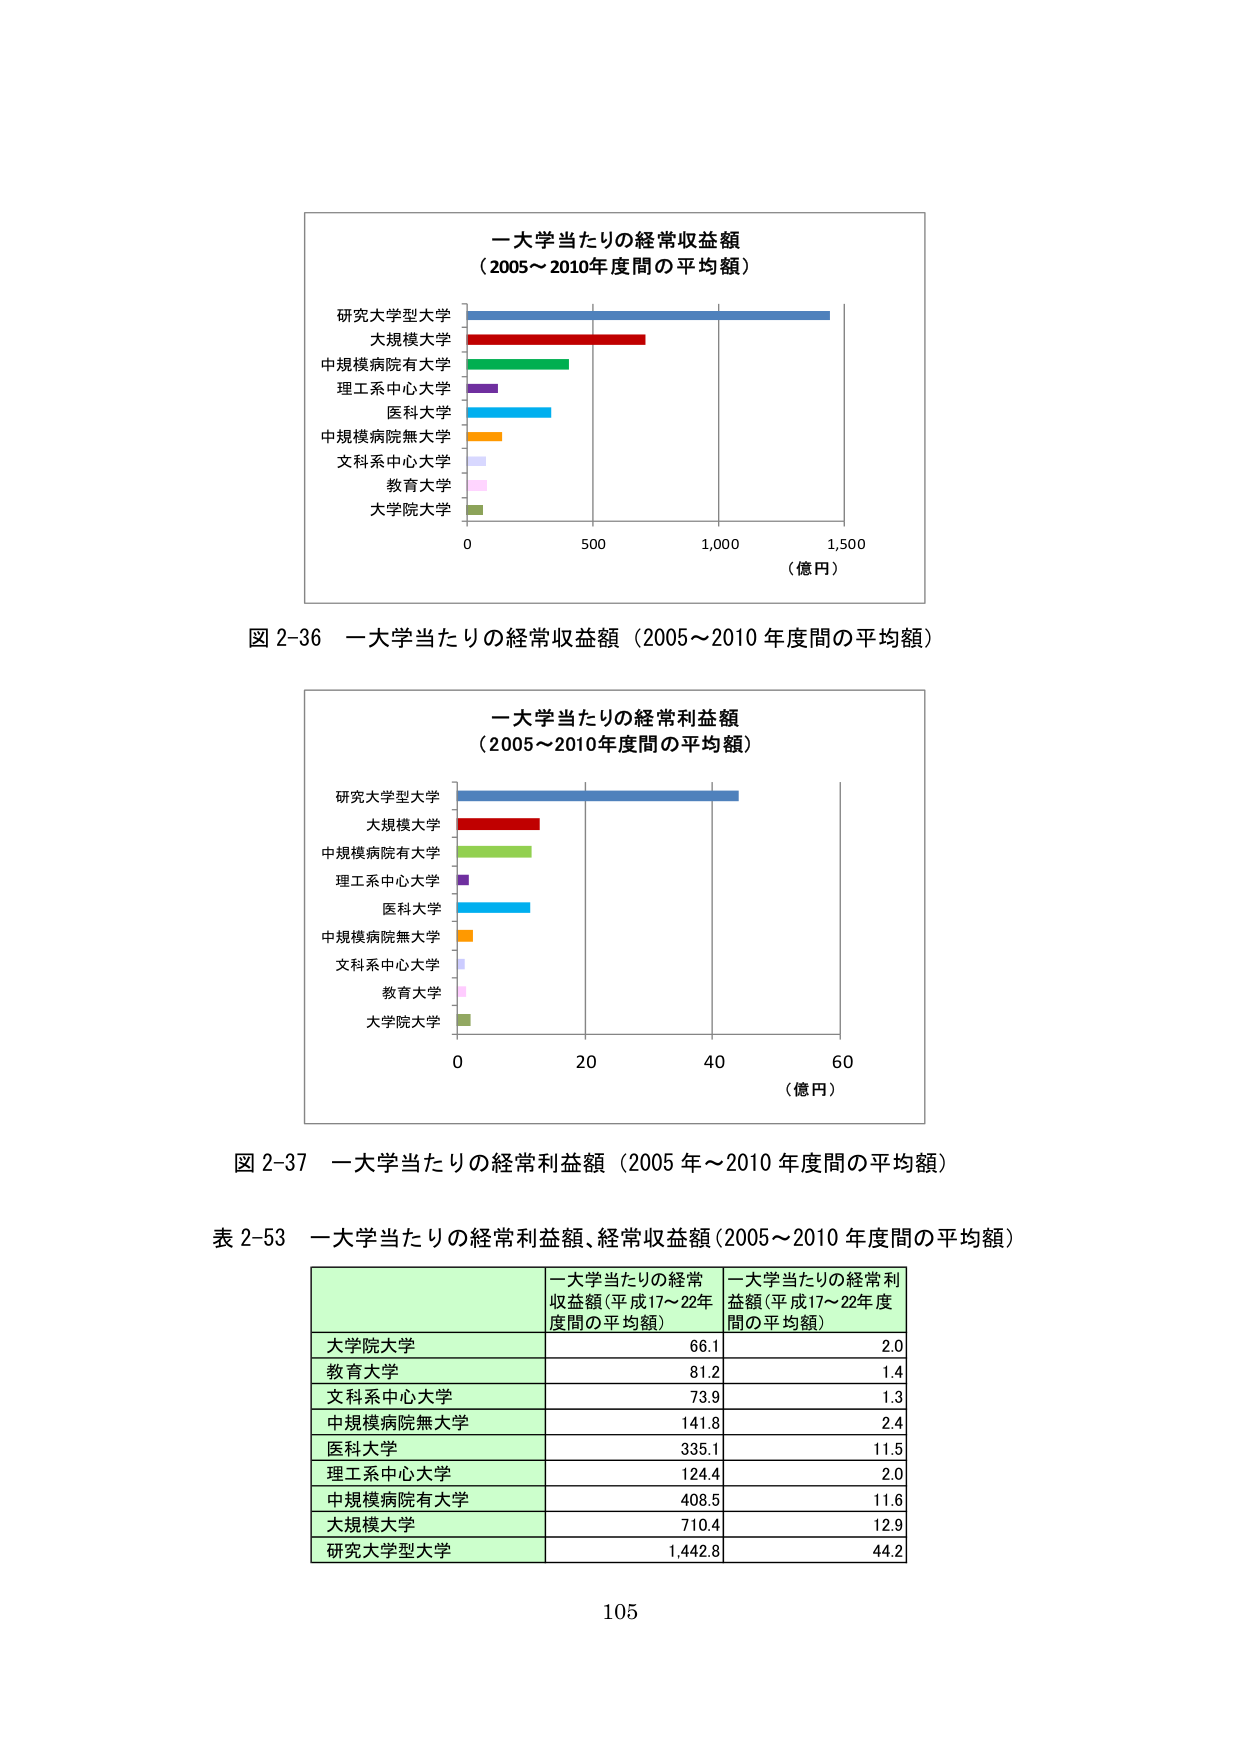
一大学当たりの経常収益額
（2005～2010年度間の平均額）

研究大学型大学
大規模大学
中規模病院有大学
理工系中心大学
医科大学
中規模病院無大学
文科系中心大学
教育大学
大学院大学

0 500 1,000 1,500
（億円）

図 2-36 一大学当たりの経常収益額（2005～2010 年度間の平均額）

一大学当たりの経常利益額
（2005～2010年度間の平均額）

研究大学型大学
大規模大学
中規模病院有大学
理工系中心大学
医科大学
中規模病院無大学
文科系中心大学
教育大学
大学院大学

0 20 40 60
（億円）

図 2-37 一大学当たりの経常利益額（2005 年～2010 年度間の平均額）

表 2-53 一大学当たりの経常利益額、経常収益額（2005～2010 年度間の平均額）

一大学当たりの経常収益額（平成17～22年度間の平均額）
一大学当たりの経常利益額（平成17～22年度間の平均額）

大学院大学 66.1 2.0
教育大学 81.2 1.4
文科系中心大学 73.9 1.3
中規模病院無大学 141.8 2.4
医科大学 335.1 11.5
理工系中心大学 124.4 2.0
中規模病院有大学 408.5 11.6
大規模大学 710.4 12.9
研究大学型大学 1,442.8 44.2

105